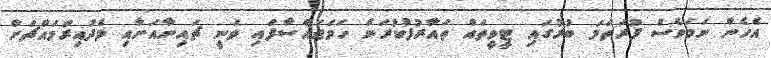
އެހެން ނަމަވެސް ފުރަތަމަ ބުރުގައި ޓީވީތައް ތައާރުފުކުރަން ހަމަޖައްސާފައި ވަނީ ޗައިނާއަށާއި މެދުއިރުމައްޗަށް